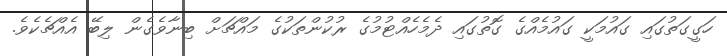
ހަގީގަތުގައި ގައުމަކީ ގައުމެއްގެ ގޮތުގައި ދެމެހެއްޓުމުގެ ރުކުންތަކުގެ މައްޗަށް ބިނާވެގެން ލިބޭ އެއްޗެކެވެ.